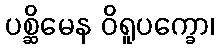
ပစ္ဆိမေန ဝိရူပက္ခော၊